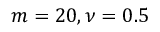
m = 2 0 , \nu = 0 . 5